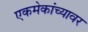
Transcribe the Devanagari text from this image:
एकमेकांच्यावर